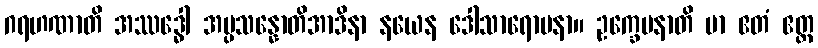
ဂရဟဏာတိ အဿဒ္ဓေါ အပ္ပသန္နောတိအာဒိနာ နယေန ဒေါသာရောပနာ။ ဥက္ခေပနာတိ မာ ဧတံ ဧတ္ထ